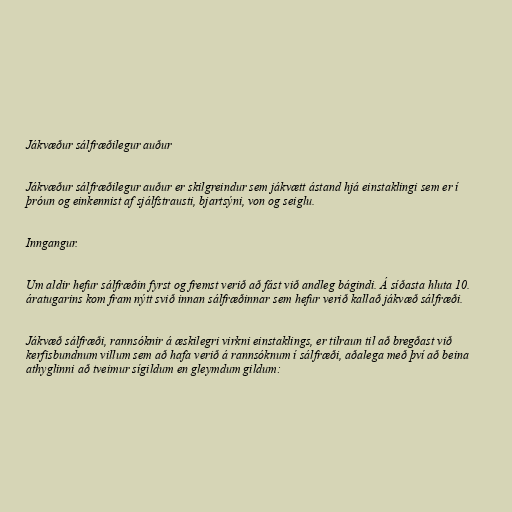
Jákvæður sálfræðilegur auður

Jákvæður sálfræðilegur auður er skilgreindur sem jákvætt ástand hjá einstaklingi sem er í
þróun og einkennist af sjálfstrausti, bjartsýni, von og seiglu.

Inngangur.

Um aldir hefur sálfræðin fyrst og fremst verið að fást við andleg bágindi. Á síðasta hluta 10.
áratugarins kom fram nýtt svið innan sálfræðinnar sem hefur verið kallað jákvæð sálfræði.

Jákvæð sálfræði, rannsóknir á æskilegri virkni einstaklings, er tilraun til að bregðast við
kerfisbundnum villum sem að hafa verið á rannsóknum í sálfræði, aðalega með því að beina
athyglinni að tveimur sígildum en gleymdum gildum: